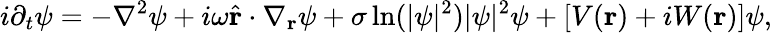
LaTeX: i\partial_{t}\psi=-\nabla^{2}\psi+i\omega\widehat{\mathbf{r}}\cdot\nabla_{\mathbf{r}}\psi+\sigma\ln(|\psi|^{2})|\psi|^{2}\psi+[V(\mathbf{r})+iW(\mathbf{r})]\psi,